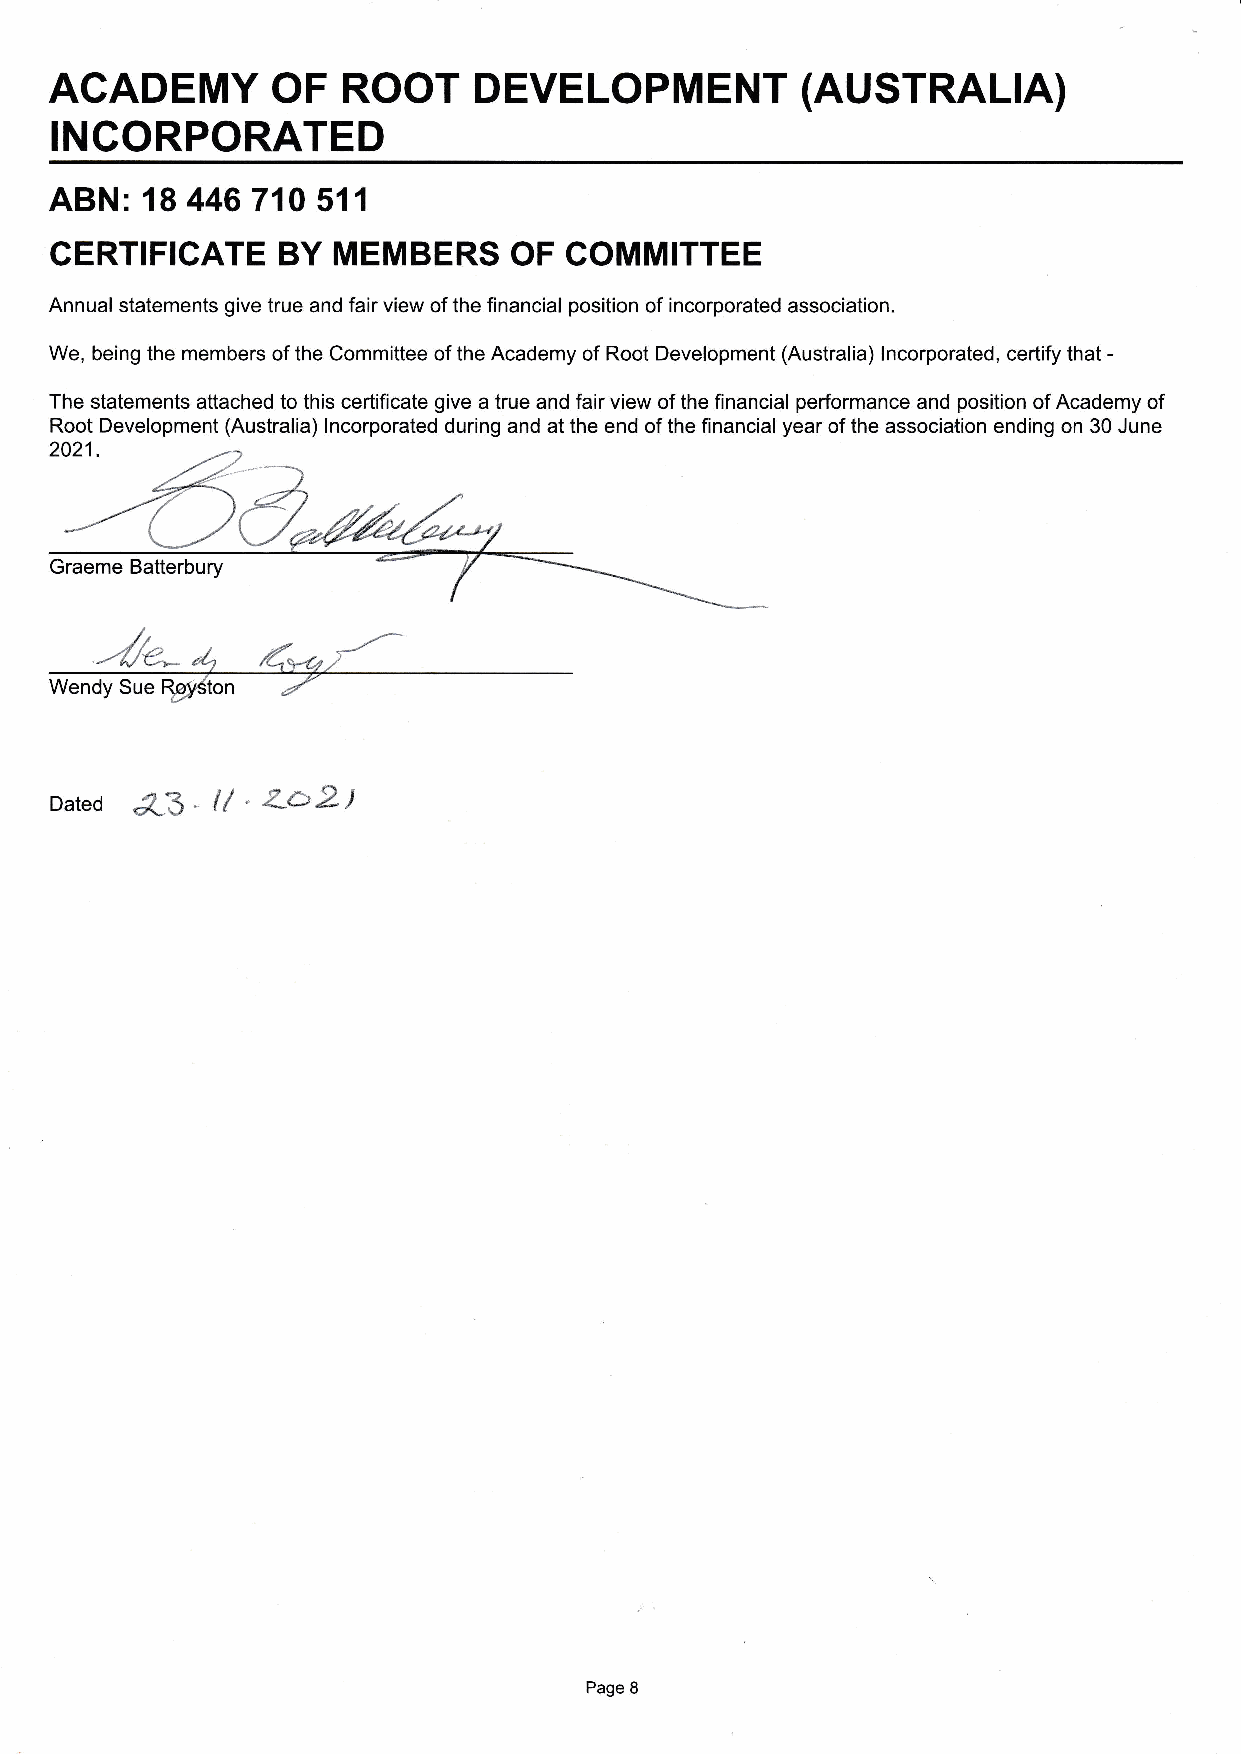
ACADEMY        OF   ROOT    DEVELOPMENT           (AUSTRALTA)
 INCORPORATED
 ABN  i 18 446 710 511
 CERTIFICATE    BY  MEMBERS     OF COMMITTEE
 Annual statements give true and fair view of the financial position of incorporated association.
 We, being the members of the Committee of the Academy of Root Development (Australia) lncorporated, certify that -
 The statements attached to this certificate give a true and fair view of the financial performance and position of Academy of
 Root Development (Australia) lncorporated during and at the end of the financial year of the association ending on 30 June
 Dated 43  - l/ " Za2)
 Page 8